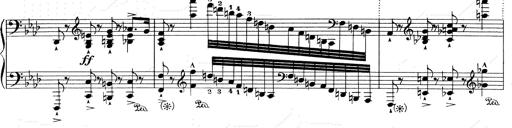
Title: Weinen, Klagen, Sorgen, Zagen
Composer: Franz Liszt